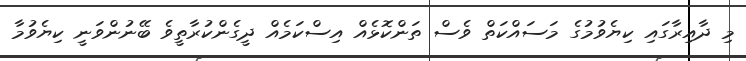
މި ދާއިރާގައި ކިޔެވުމުގެ މަސައްކަތް ވެސް ތަންކޮޅެއް އިސްކަމެއް ދީގެންކުރާތީވެ ބޭނުންވަނީ ކިޔެވުމާ